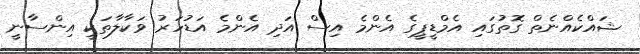
ޝައްކެއްނެތް ގޮތުގައި އެމްޑީޕީގެ އެންމެ އިސް އަދި އެންމެ އަޑުހަރު ވަކާލާތަކީ އިންސާނީ